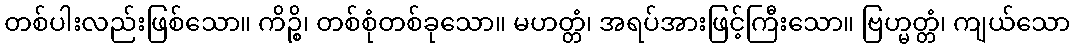
တစ်ပါးလည်းဖြစ်သော။ ကိဉ္စိ၊ တစ်စုံတစ်ခုသော။ မဟတ္တံ၊ အရပ်အားဖြင့်ကြီးသော။ ဗြဟ္မတ္တံ၊ ကျယ်သော